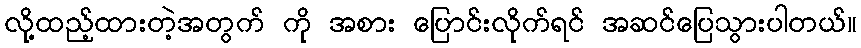
လို့ထည့်ထားတဲ့အတွက် ကို အစား ပြောင်းလိုက်ရင် အဆင်ပြေသွားပါတယ်။